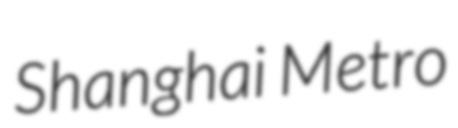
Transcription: Shanghai Metro